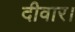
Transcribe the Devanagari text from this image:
दीवार।